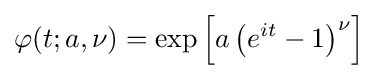
\varphi (t;a,\nu )=\exp \left[a\left(e^{it}-1\right)^{\nu }\right]